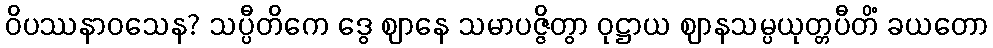
ဝိပဿနာဝသေန? သပ္ပီတိကေ ဒွေ ဈာနေ သမာပဇ္ဇိတွာ ဝုဋ္ဌာယ ဈာနသမ္ပယုတ္တပီတိံ ခယတော